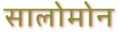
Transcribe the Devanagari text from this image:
सालोमोन